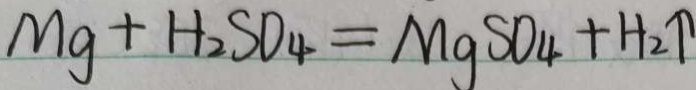
M g + H _ { 2 } S O _ { 4 } = M g S O _ { 4 } + H _ { 2 } \uparrow